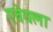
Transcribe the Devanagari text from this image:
एवेयला